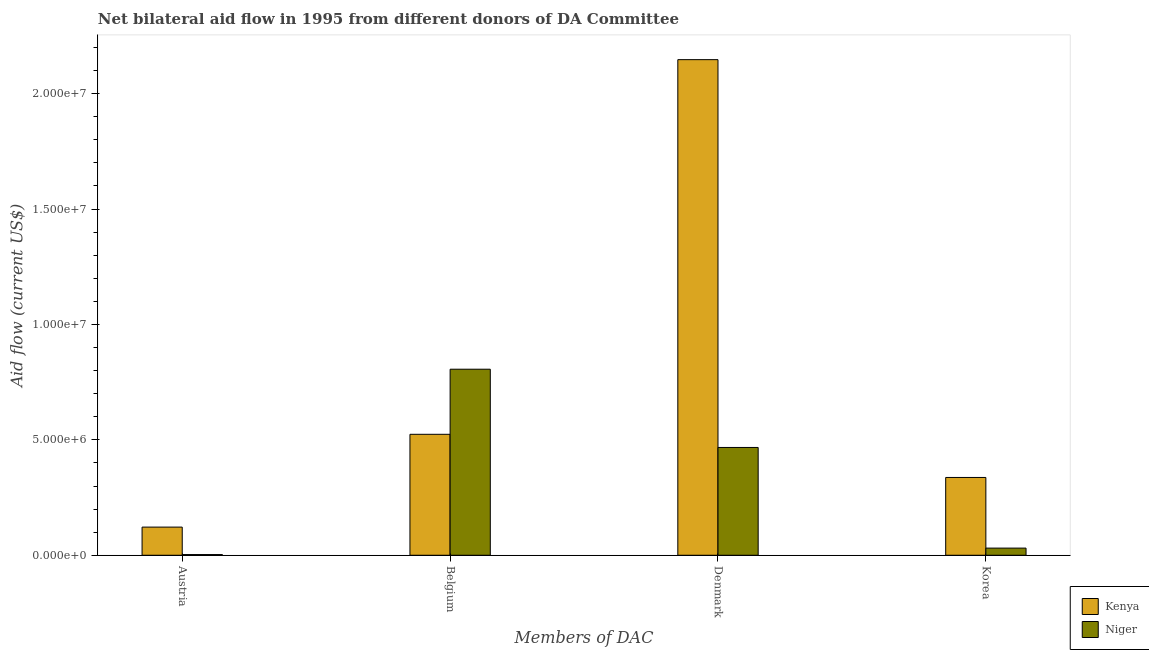
| Members of DAC | Kenya | Niger |
 | --- | --- | --- |
 | Austria | 1.22e+06 | 3e+04 |
 | Belgium | 5.24e+06 | 8.06e+06 |
 | Denmark | 2.15e+07 | 4.67e+06 |
 | Korea | 3.37e+06 | 3.1e+05 |